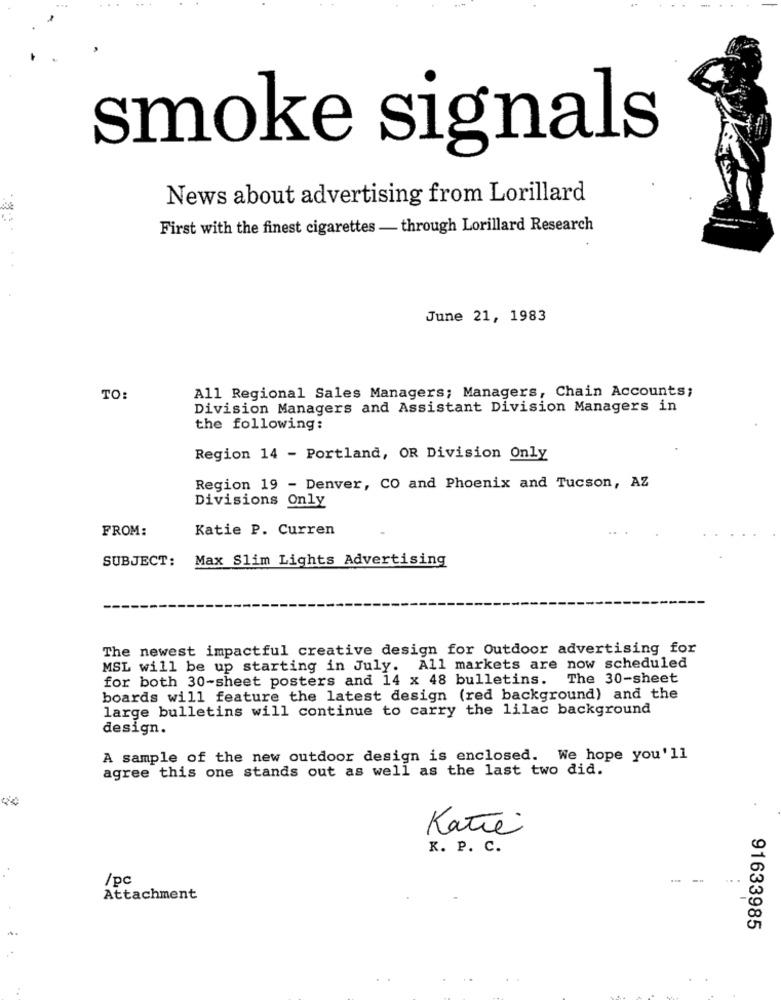
smoke signals
News about advertising from Lorillard
First with the finest cigarettes - through Lorillard Research
June 21, 1983
TO:
All Regional Sales Managers; Managers, Chain Accounts;
Division Managers and Assistant Division Managers in
the following:
Region 14 - Portland, OR Division Only
Region 19 - Denver, CO and Phoenix and Tucson, AZ
Divisions Only
FROM:
Katie P. Curren
SUBJECT:
Max Slim Lights Advertising
The newest impactful creative design for Outdoor advertising for
MSL will be up starting in July. All markets are now scheduled
for both 30-sheet posters and 14 x 48 bulletins. The 30-sheet
boards will feature the latest design (red background) and the
large bulletins will continue to carry the lilac background
design.
A sample of the new outdoor design is enclosed. We hope you'll
agree this one stands out as well as the last two did.
Katie
K. P. C.
/pc
--
Attachment
91633985